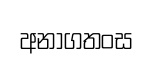
අනාගතංස